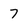
Character: 7